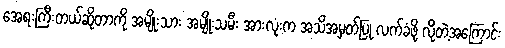
အေရးကြီးတယ်ဆိုတာကို အမျိုးသား အမျိုးသမီး အားလုံးက အသိအမှတ်ပြု လက်ခံဖို့ လိုတဲ့အကြောင်း